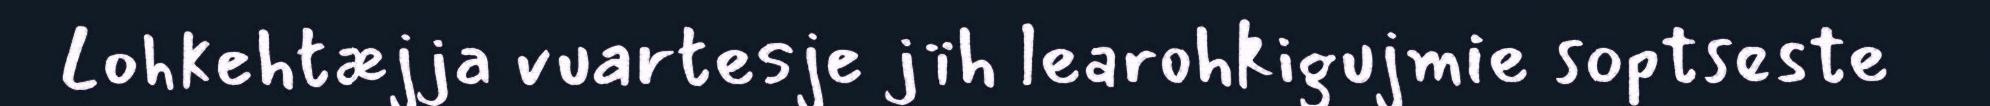
Lohkehtæjja vuartesje jïh learohkigujmie soptseste